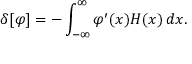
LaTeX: \delta [ \varphi ] = - \int _ { - \infty } ^ { \infty } \varphi ^ { \prime } ( x ) H ( x ) \, d x .